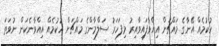
ހުކުމެއް އޭނާގެ މައްޗަށް އިއްވާފައިވާއިރު މިފަހަރު ސަލްމާންގެ މައްޗަށް ހުކުމެއް އިއްވާނެކަން ނުވަތަ